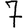
Digit: 7